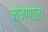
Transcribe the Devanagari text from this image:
मोन्ग्गोल।